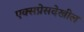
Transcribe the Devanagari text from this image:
एक्सप्रेसदेखील